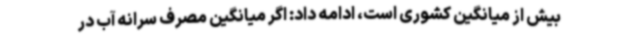
بیش از میانگین کشوری است، ادامه داد: اگر میانگین مصرف سرانه آب در